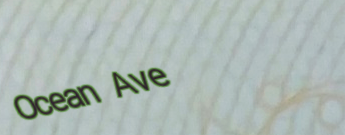
Ocean Ave